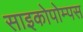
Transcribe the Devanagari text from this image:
साइकोपोम्पस